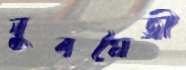
যুবমৈত্রী